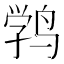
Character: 𱊉